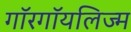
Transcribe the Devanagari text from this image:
गॉरगॉयलिज्म